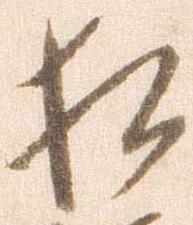
相